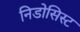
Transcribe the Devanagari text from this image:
निडोसिस्ट